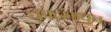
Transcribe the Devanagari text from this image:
धृपदामधून